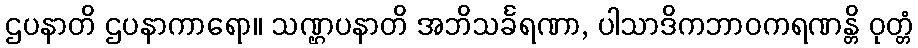
ဌပနာတိ ဌပနာကာရော။ သဏ္ဌပနာတိ အဘိသင်္ခရဏာ, ပါသာဒိကဘာဝကရဏန္တိ ဝုတ္တံ